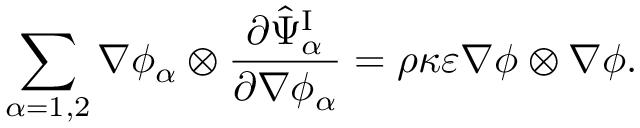
\begin{array} { r } { \displaystyle \sum _ { \alpha = 1 , 2 } \nabla \phi _ { \alpha } \otimes \frac { \partial \hat { \Psi } _ { \alpha } ^ { \mathrm { I } } } { \partial \nabla \phi _ { \alpha } } = \rho \kappa \varepsilon \nabla \phi \otimes \nabla \phi . } \end{array}